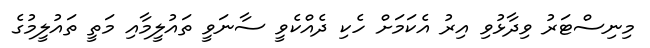
މިނިސްޓަރު ވިދާޅުވި އިރު އެކަމަށް ހެކި ދެއްކެވީ ސާނަވީ ތައުލީމާއި މަތީ ތައުލީމުގެ